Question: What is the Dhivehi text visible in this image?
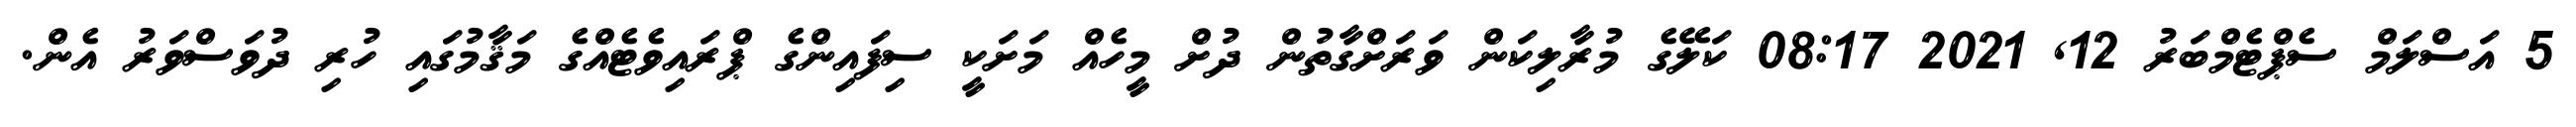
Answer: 5 އަސްލަމް ސެޕްޓެމްބަރު 12, 2021 08:17 ކަލޭގެ މުރާލިކަން ވަރަށްގާތުން ދުށް މީހެއް މަށަކީ ސިފައިންގެ ޕްރައިވެޓެއްގެ މަޤާމުގައި ހުރި ދުވަސްވަރު އެން.